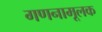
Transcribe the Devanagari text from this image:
गणनामूलक